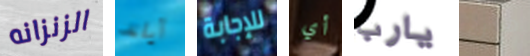
الزنزانه آيلند للإجابة أي يارب هناك